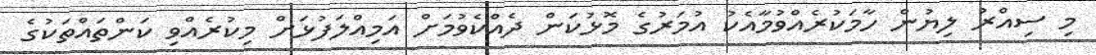
މި ސިއްރު ލިޔުން ހާމަކުރެއްވުމާއެކު އުމަރުގެ މޮޅުކަން ދެއްކެވުމަށް އަމިއްލަފުޅަށް މިކުރެއްވި ކަންތައްތަކުގެ